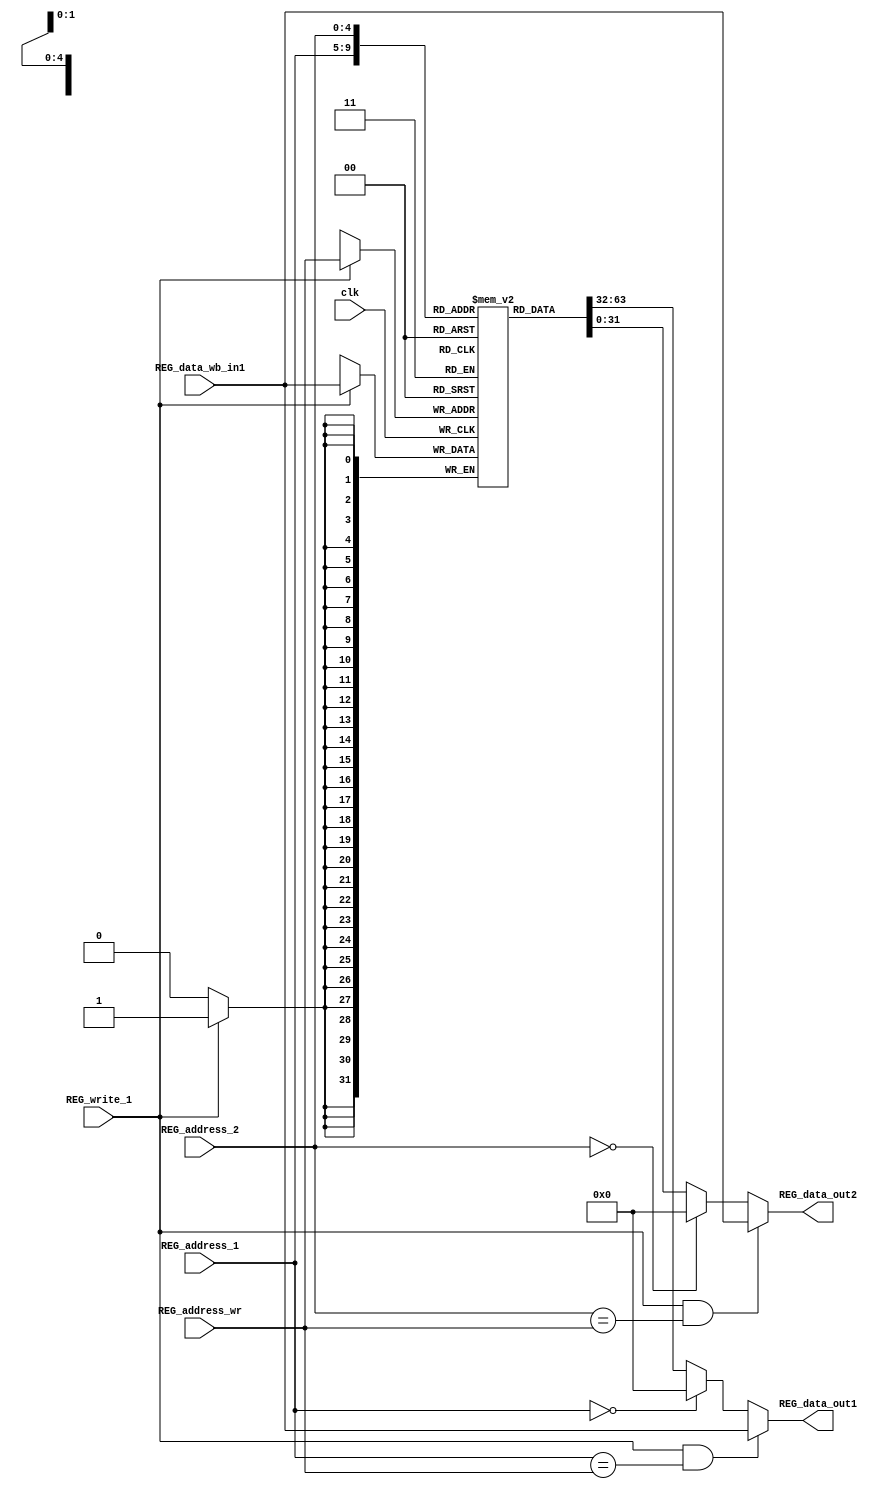
module REG(
		input 		clk,
		input 			[4:0] REG_address_1,
		input 			[4:0] REG_address_2,
		input 			[4:0] REG_address_wr,
		input		REG_write_1,
		input 			[31:0] REG_data_wb_in1,
		output 	 		[31:0] REG_data_out1,
		output 	 		[31:0] REG_data_out2
);

	reg [31:0] regr [31:0];

	assign REG_data_out1 = (REG_write_1 && REG_address_1 == REG_address_wr) ? REG_data_wb_in1 : (REG_address_1==0) ? 32'b0 : regr[REG_address_1];
	assign REG_data_out2 = (REG_write_1 && REG_address_2 == REG_address_wr) ? REG_data_wb_in1 : (REG_address_2==0) ? 32'b0 : regr[REG_address_2];

	always@(posedge clk)
	begin
		if (REG_write_1)
			begin
				regr[REG_address_wr] <= REG_data_wb_in1;
			end
	end
endmodule